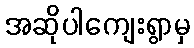
အဆိုပါကျေးရွာမှ